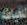
الخياطة